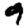
Digit: 9